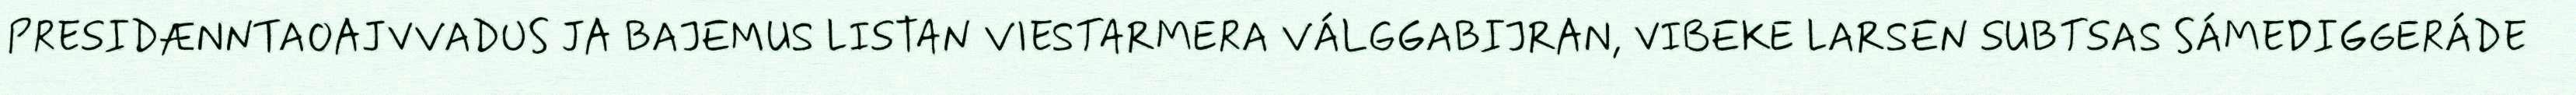
PRESIDÆNNTAOAJVVADUS JA BAJEMUS LISTAN VIESTARMERA VÁLGGABIJRAN, VIBEKE LARSEN SUBTSAS SÁMEDIGGERÁDE